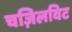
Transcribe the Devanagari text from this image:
चज़िलविट